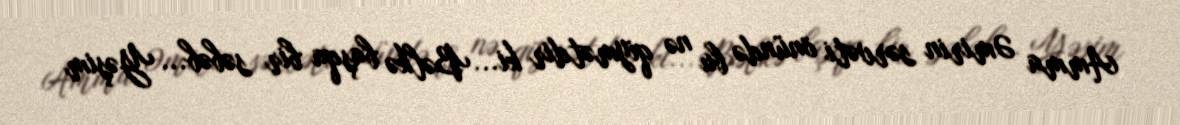
Amma Əmirin sərvəti önündə bu nə qiymətdir ki... Bəlkə başqa bir səbəb... Yəşim